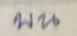
บน